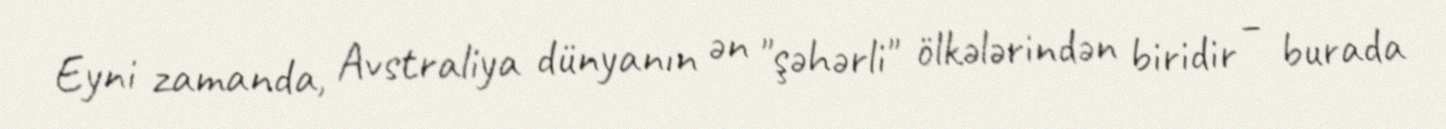
Eyni zamanda, Avstraliya dünyanın ən "şəhərli" ölkələrindən biridir – burada